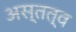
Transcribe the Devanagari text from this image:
अस्तत्व